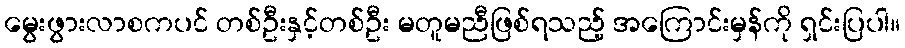
မွေးဖွားလာစကပင် တစ်ဦးနှင့်တစ်ဦး မတူမညီဖြစ်ရသည့် အကြောင်းမှန်ကို ရှင်းပြပါ။